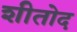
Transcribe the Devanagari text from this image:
शीतोद